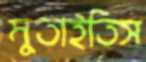
মুতাইতিস